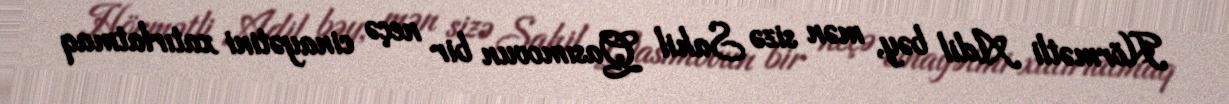
Hörmətli Adil bəy, mən sizə Sahil Qasımovun bir neçə cinayətini xatırlatmaq